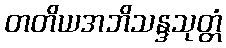
တတိယအဘိသန္ဒသုတ္တံ